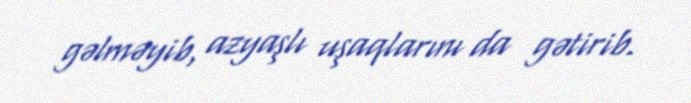
gəlməyib, azyaşlı uşaqlarını da gətirib.